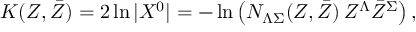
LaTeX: K ( Z , \bar { Z } ) = 2 \ln | X ^ { 0 } | = - \ln \left( N _ { \Lambda \Sigma } ( Z , \bar { Z } ) \, Z ^ { \Lambda } \bar { Z } ^ { \Sigma } \right) ,